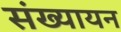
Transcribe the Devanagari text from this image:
संख्यायन